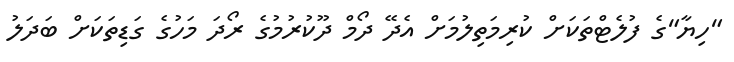
"ހިޔާ"ގެ ފުލެޓްތަކަށް ކުރިމަތިލުމަށް އެދޭ ދޯމް ދޫކުރުމުގެ ރޯދަ މަހުގެ ގަޑިތަކަށް ބަދަލު